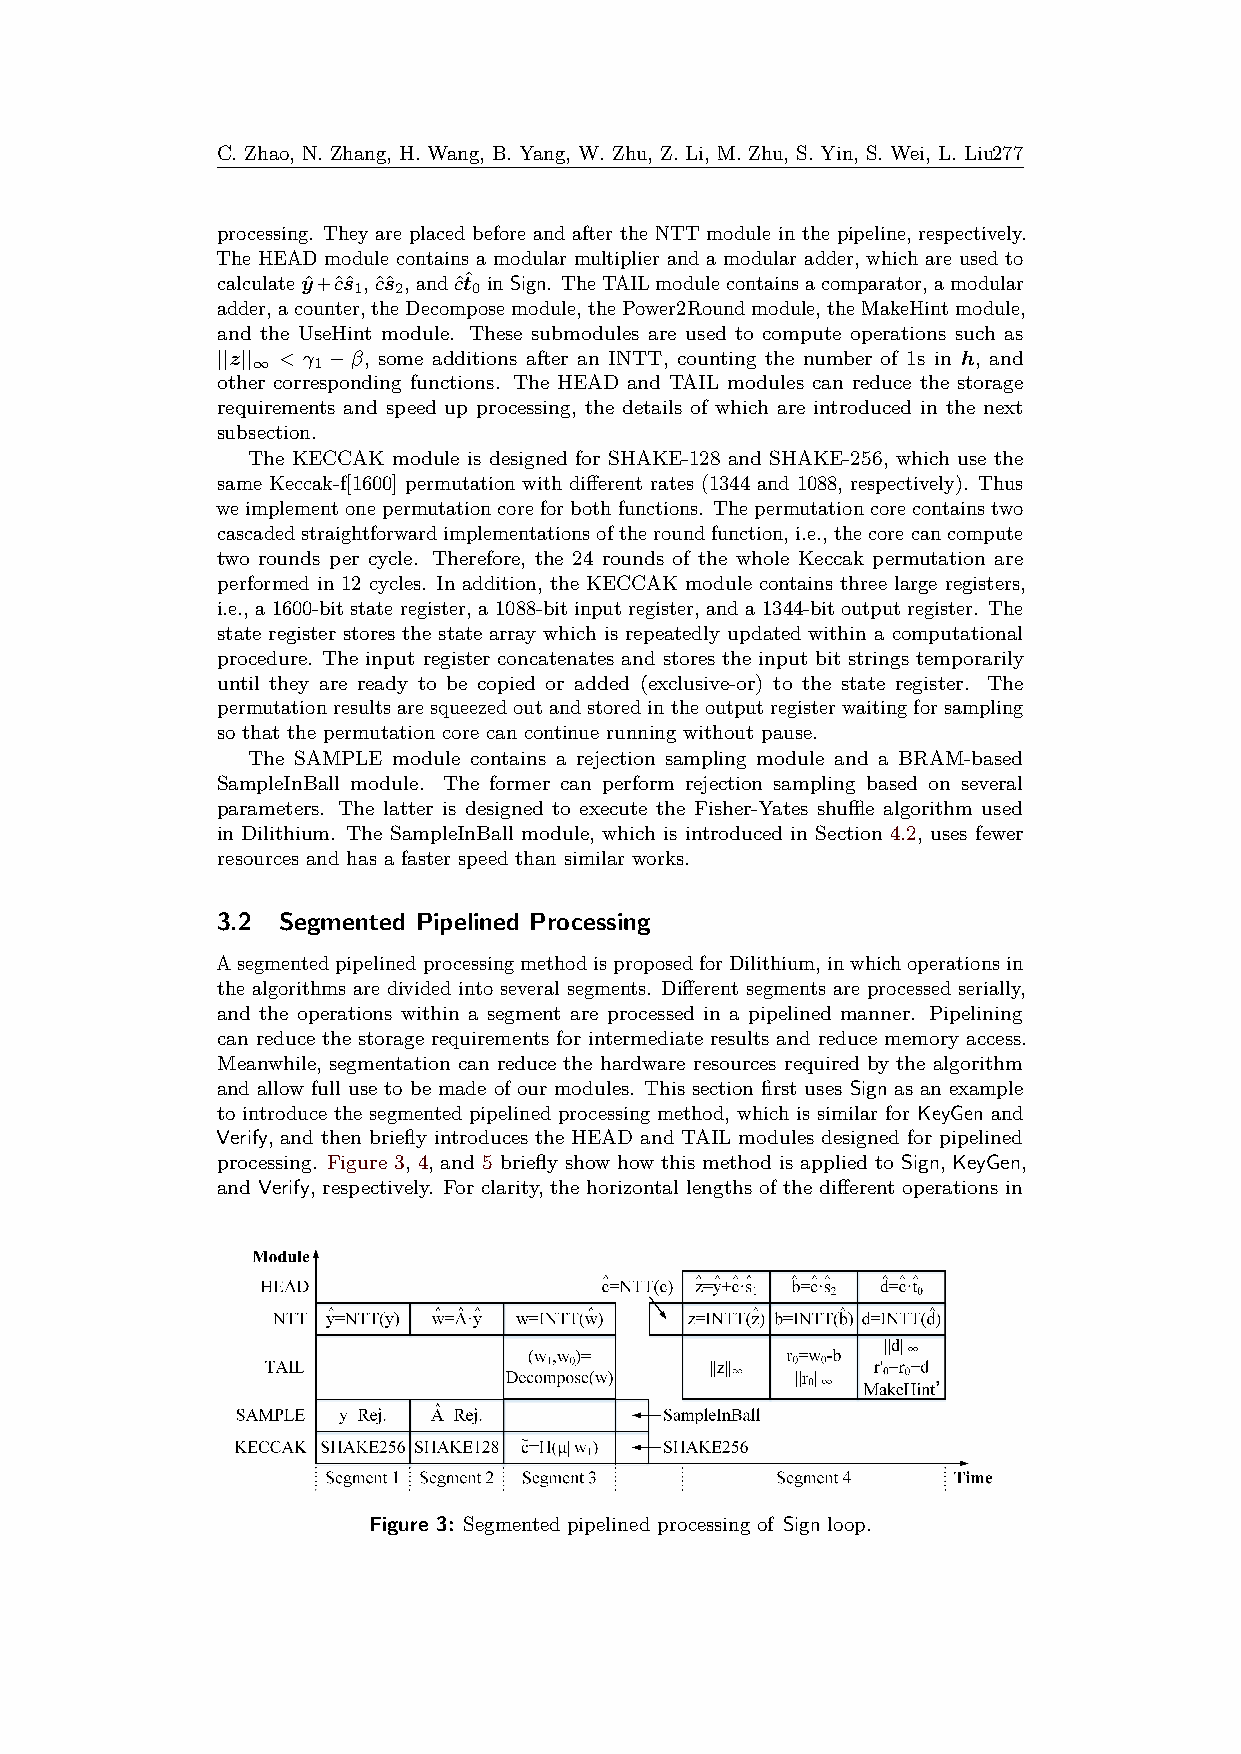
C. Zhao, N. Zhang, H. Wang, B. Yang, W. Zhu, Z. Li, M. Zhu, S. Yin, S. Wei, L. Liu277
 processing. They are placed before and after the NTT module in the pipeline, respectively.
 The HEAD module contains a modular multiplier and a modular adder, which are used to
 calculateyˆ+cˆsˆ ,cˆsˆ ,andcˆtˆ inSign. TheTAILmodulecontainsacomparator,amodular
 1  2    0
 adder,acounter,theDecomposemodule,thePower2Roundmodule,theMakeHintmodule,
 and the UseHint module. These submodules are used to compute operations such as
 ||z|| < γ −β, some additions after an INTT, counting the number of 1s in h, and
 ∞   1
 other corresponding functions. The HEAD and TAIL modules can reduce the storage
 requirements and speed up processing, the details of which are introduced in the next
 subsection.
 The KECCAK module is designed for SHAKE-128 and SHAKE-256, which use the
 same Keccak-f[1600] permutation with different rates (1344 and 1088, respectively). Thus
 weimplementonepermutationcoreforbothfunctions. Thepermutationcorecontainstwo
 cascadedstraightforwardimplementationsoftheroundfunction, i.e., thecorecancompute
 two rounds per cycle. Therefore, the 24 rounds of the whole Keccak permutation are
 performed in 12 cycles. In addition, the KECCAK module contains three large registers,
 i.e., a 1600-bit state register, a 1088-bit input register, and a 1344-bit output register. The
 state register stores the state array which is repeatedly updated within a computational
 procedure. The input register concatenates and stores the input bit strings temporarily
 until they are ready to be copied or added (exclusive-or) to the state register. The
 permutationresultsaresqueezedoutandstoredintheoutputregisterwaitingforsampling
 so that the permutation core can continue running without pause.
 The SAMPLE module contains a rejection sampling module and a BRAM-based
 SampleInBall module. The former can perform rejection sampling based on several
 parameters. The latter is designed to execute the Fisher-Yates shuffle algorithm used
 in Dilithium. The SampleInBall module, which is introduced in Section 4.2, uses fewer
 resources and has a faster speed than similar works.
 3.2  Segmented Pipelined Processing
 AsegmentedpipelinedprocessingmethodisproposedforDilithium, inwhichoperationsin
 the algorithms are divided into several segments. Different segments are processed serially,
 and the operations within a segment are processed in a pipelined manner. Pipelining
 can reduce the storage requirements for intermediate results and reduce memory access.
 Meanwhile, segmentation can reduce the hardware resources required by the algorithm
 and allow full use to be made of our modules. This section first uses Sign as an example
 to introduce the segmented pipelined processing method, which is similar for KeyGen and
 Verify, and then briefly introduces the HEAD and TAIL modules designed for pipelined
 processing. Figure 3, 4, and 5 briefly show how this method is applied to Sign, KeyGen,
 and Verify, respectively. For clarity, the horizontal lengths of the different operations in
 Figure 3: Segmented pipelined processing of Sign loop.